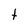
Character: t